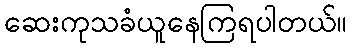
ဆေးကုသခံယူနေကြရပါတယ်။